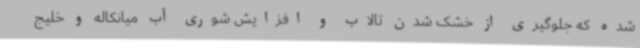
شده که جلوگیری از خشک شدن تالاب و افزایش شوری آب میانکاله و خلیج